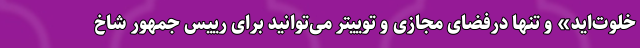
خلوت‌اید» و تنها درفضای مجازی و توییتر می‌توانید برای رییس جمهور شاخ